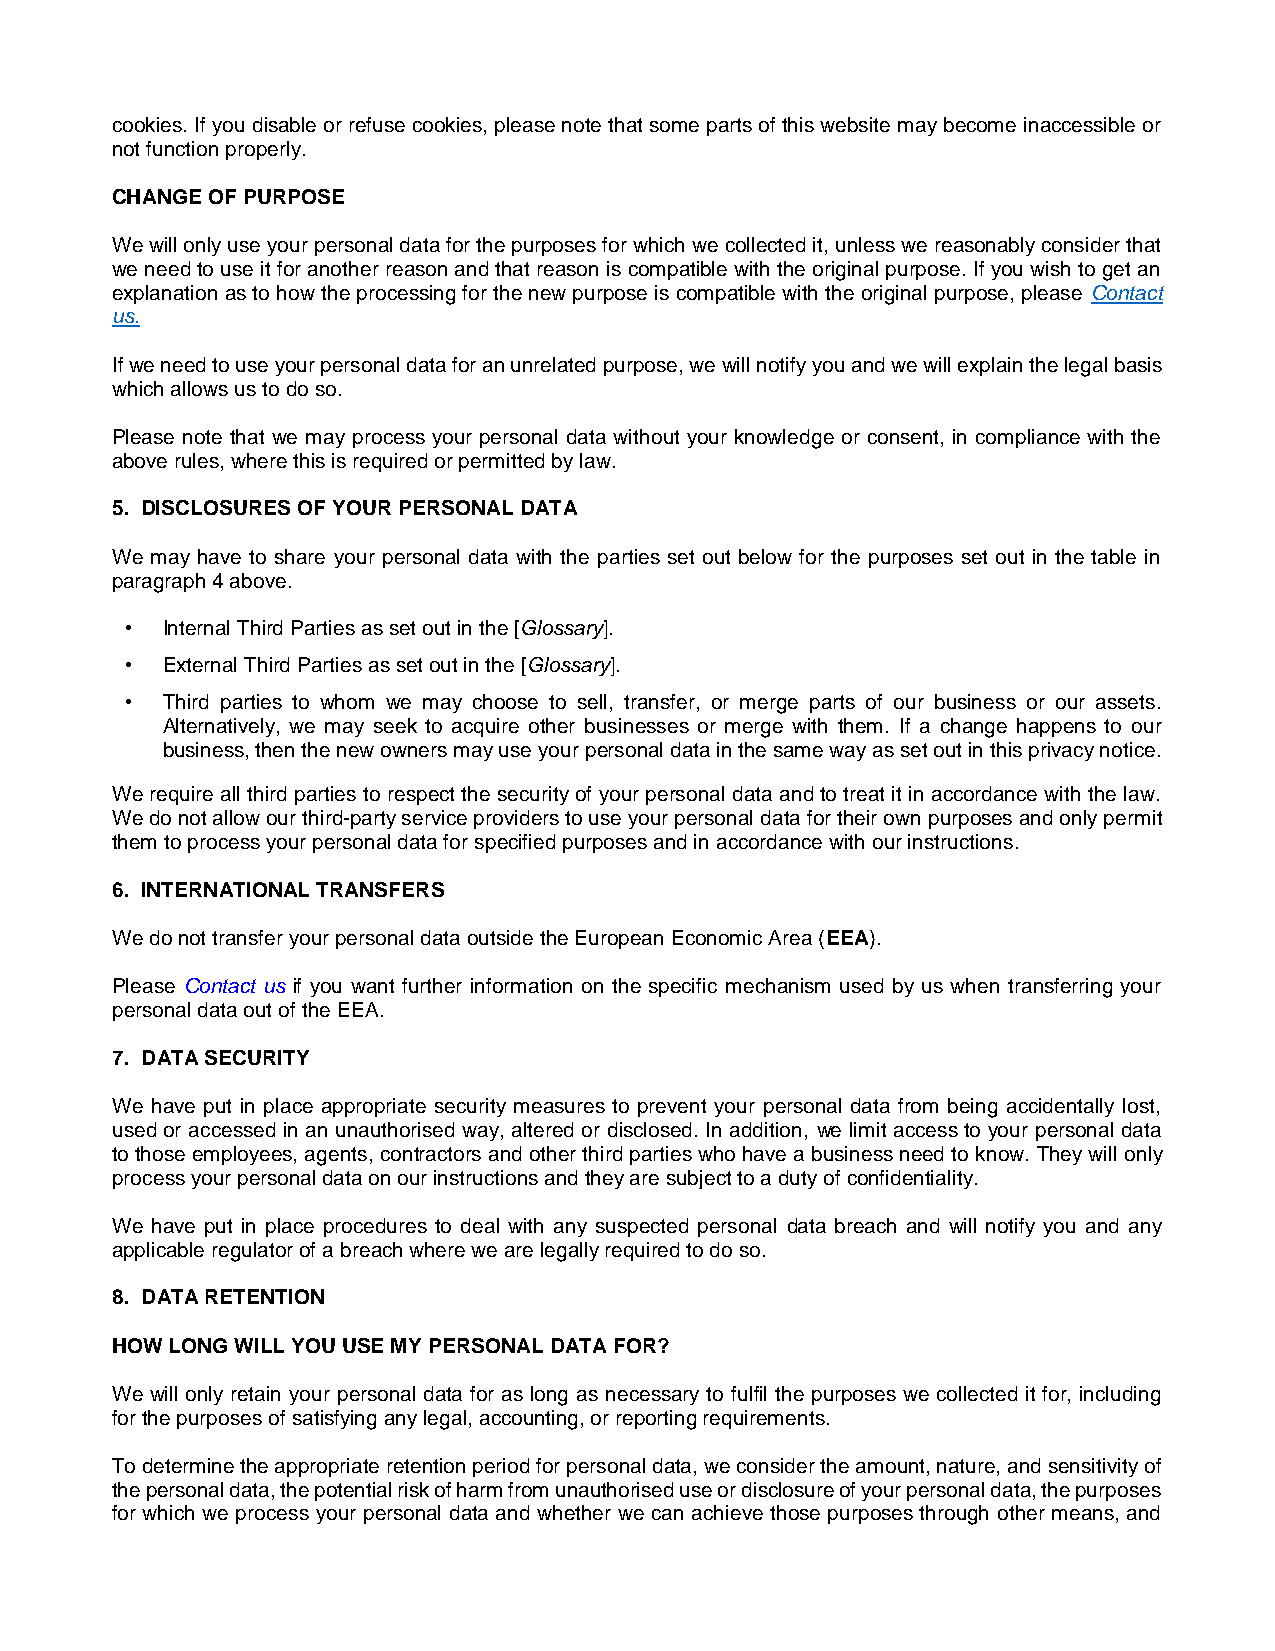
cookies. If you disable or refuse cookies, please note that some parts of this website may become inaccessible or
 not function properly.
 CHANGE OF PURPOSE
 We will only use your personal data for the purposes for which we collected it, unless we reasonably consider that
 we need to use it for another reason and that reason is compatible with the original purpose. If you wish to get an
 explanation as to how the processing for the new purpose is compatible with the original purpose, please Contact
 us.
 If we need to use your personal data for an unrelated purpose, we will notify you and we will explain the legal basis
 which allows us to do so.
 Please note that we may process your personal data without your knowledge or consent, in compliance with the
 above rules, where this is required or permitted by law.
 5. DISCLOSURES OF YOUR PERSONAL DATA
 We may have to share your personal data with the parties set out below for the purposes set out in the table in
 paragraph 4 above.
 •  Internal Third Parties as set out in the [Glossary].
 •  External Third Parties as set out in the [Glossary].
 •  Third parties to whom we may choose to sell, transfer, or merge parts of our business or our assets.
 Alternatively, we may seek to acquire other businesses or merge with them. If a change happens to our
 business, then the new owners may use your personal data in the same way as set out in this privacy notice.
 We require all third parties to respect the security of your personal data and to treat it in accordance with the law.
 We do not allow our third-party service providers to use your personal data for their own purposes and only permit
 them to process your personal data for specified purposes and in accordance with our instructions.
 6. INTERNATIONAL TRANSFERS
 We do not transfer your personal data outside the European Economic Area (EEA).
 Please Contact us if you want further information on the specific mechanism used by us when transferring your
 personal data out of the EEA.
 7. DATA SECURITY
 We have put in place appropriate security measures to prevent your personal data from being accidentally lost,
 used or accessed in an unauthorised way, altered or disclosed. In addition, we limit access to your personal data
 to those employees, agents, contractors and other third parties who have a business need to know. They will only
 process your personal data on our instructions and they are subject to a duty of confidentiality.
 We have put in place procedures to deal with any suspected personal data breach and will notify you and any
 applicable regulator of a breach where we are legally required to do so.
 8. DATA RETENTION
 HOW LONG WILL YOU USE MY PERSONAL DATA FOR?
 We will only retain your personal data for as long as necessary to fulfil the purposes we collected it for, including
 for the purposes of satisfying any legal, accounting, or reporting requirements.
 To determine the appropriate retention period for personal data, we consider the amount, nature, and sensitivity of
 the personal data, the potential risk of harm from unauthorised use or disclosure of your personal data, the purposes
 for which we process your personal data and whether we can achieve those purposes through other means, and